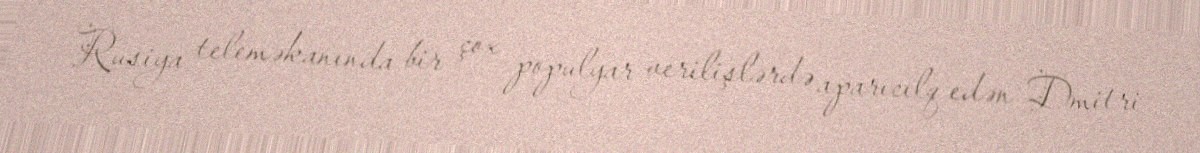
Rusiya teleməkanında bir çox populyar verilişlərdə aparıcılq edən Dmitri